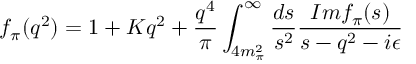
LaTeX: f _ { \pi } ( q ^ { 2 } ) = 1 + K q ^ { 2 } + { \frac { q ^ { 4 } } { \pi } } \int _ { 4 m _ { \pi } ^ { 2 } } ^ { \infty } { \frac { d s } { s ^ { 2 } } } { \frac { I m f _ { \pi } ( s ) } { s - q ^ { 2 } - i \epsilon } }